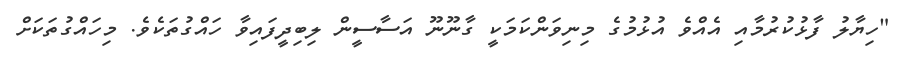
"ހިޔާލު ފާޅުކުރުމާއި އެއްވެ އުޅުމުގެ މިނިވަންކަމަކީ ގާނޫނޫ އަސާސީން ލިބިދީފައިވާ ހައްގުތަކެވެ. މިހައްގުތަކަށް